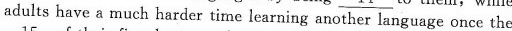
adults have a much harder time learning another language once the